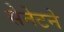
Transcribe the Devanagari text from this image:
सेनेटने